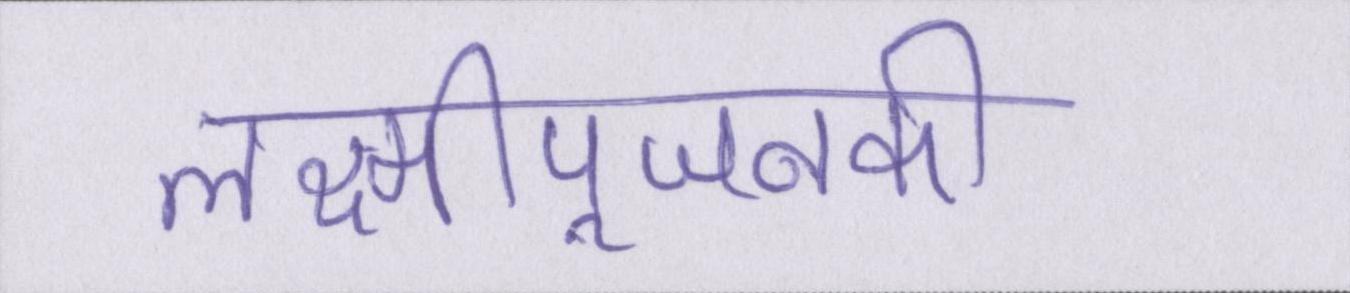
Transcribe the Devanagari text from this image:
लक्ष्मीपूजनकी